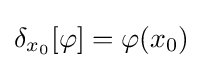
\delta _{x_{0}}[\varphi ]=\varphi (x_{0})